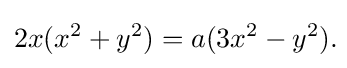
2x(x^{2}+y^{2})=a(3x^{2}-y^{2}).\!